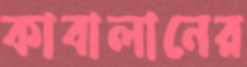
কাবালানের